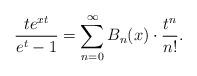
LaTeX: \begin{align*}\frac{te^{xt}}{e^t-1} = \sum_{n=0}^\infty B_n(x)\cdot \frac{t^n}{n!}.\end{align*}